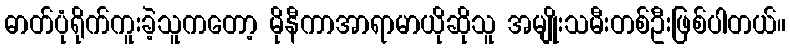
ဓာတ်ပုံရိုက်ကူးခဲ့သူကတော့ မိုနီကာအာရာမာယိုဆိုသူ အမျိုးသမီးတစ်ဦးဖြစ်ပါတယ်။